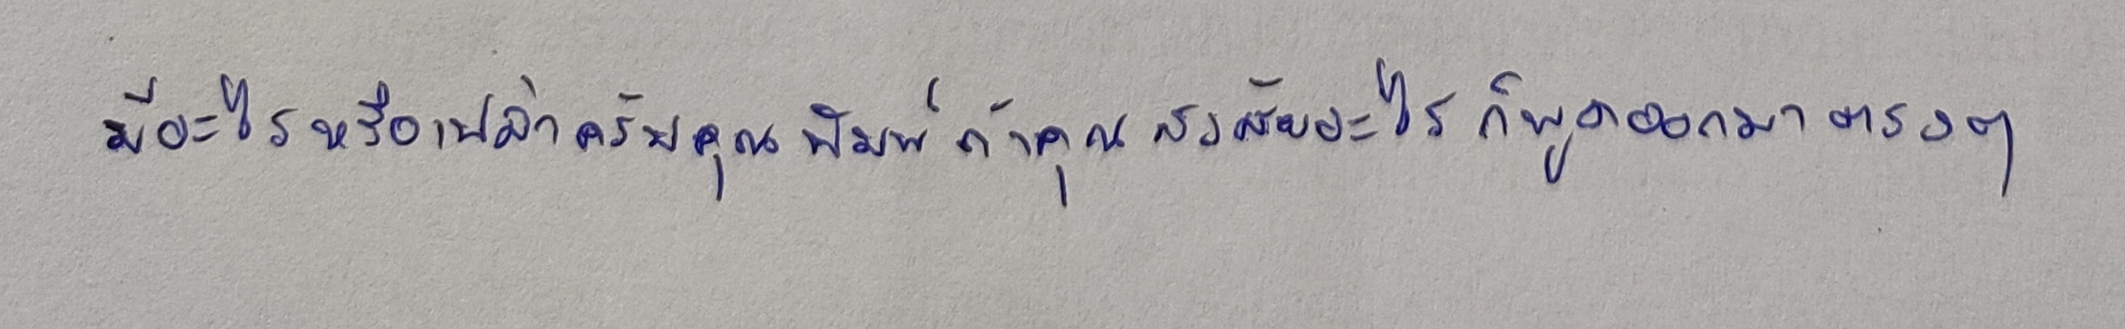
มีอะไรหรือเปล่าครับคุณพิมพ์ถ้าคุณสงสัยอะไรก็พูดออกมาตรงๆ